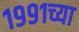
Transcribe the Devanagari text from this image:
१९९१च्या